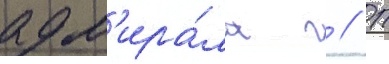
адм'ира́ла г // П